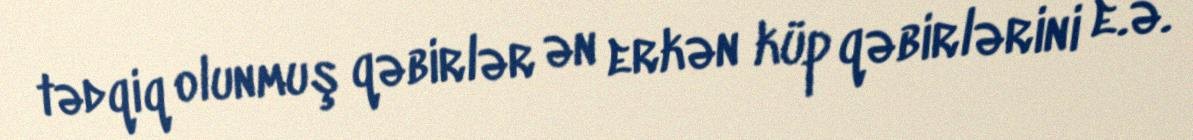
tədqiq olunmuş qəbirlər ən erkən küp qəbirlərini e.ə.